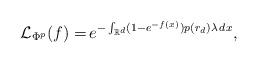
LaTeX: \begin{align*}\mathcal{L}_{\Phi^p} (f) = & \,e^{- \int_{\mathbb{R}^d} (1-e^{-f(x)}) p(r_d) \lambda \, dx},\end{align*}